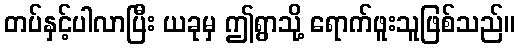
တပ်နှင့်ပါလာပြီး ယခုမှ ဤရွာသို့ ရောက်ဖူးသူဖြစ်သည်။